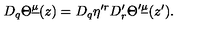
D _ { q } \Theta ^ { \underline { \mu } } ( z ) = D _ { q } \eta ^ { \prime r } D _ { r } ^ { \prime } \Theta ^ { \prime \underline { \mu } } ( z ^ { \prime } ) .